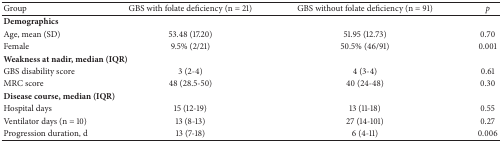
| Group | GBS with folate deficiency (n = 21) | GBS without folate deficiency (n = 91) | p |
 | --- | --- | --- | --- |
 | Demographics |  |  |  |
 | Age, mean (SD) | 53.48 (17.20) | 51.95 (12.73) | 0.70 |
 | Female | 9.5% (2/21) | 50.5% (46/91) | 0.001 |
 | <COLSPAN=2> Weakness at nadir, median (IQR) |  |  |
 | GBS disability score | 3 (2-4) | 4 (3-4) | 0.61 |
 | MRC score | 48 (28.5-50) | 40 (24-48) | 0.30 |
 | <COLSPAN=2> Disease course, median (IQR) |  |  |
 | Hospital days | 15 (12-19) | 13 (11-18) | 0.55 |
 | Ventilator days (n = 10) | 13 (8-13) | 27 (14-101) | 0.27 |
 | Progression duration, d | 13 (7-18) | 6 (4-11) | 0.006 |